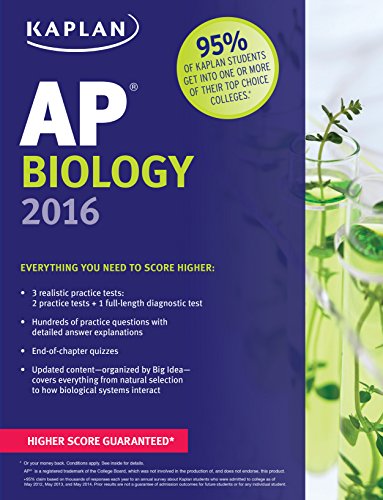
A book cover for Kaplan AP Biology 2016 (Kaplan Test Prep); Linda Brooke Stabler; Test Preparation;